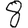
Digit: 8